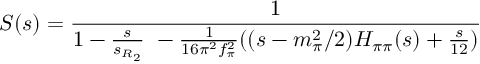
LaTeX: S ( s ) = \frac { 1 } { 1 - \frac { s } { s _ { R _ { 2 } } } \ - { \frac { 1 } { 1 6 \pi ^ { 2 } f _ { \pi } ^ { 2 } } } ( ( s - m _ { \pi } ^ { 2 } / 2 ) H _ { \pi \pi } ( { s } ) + { \frac { s } { 1 2 } } ) }